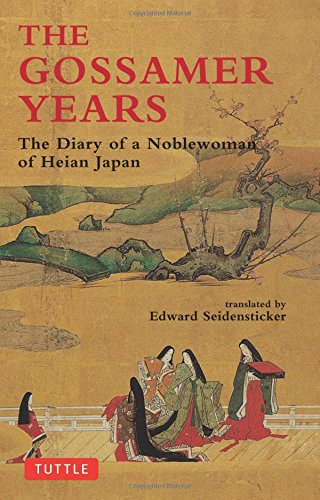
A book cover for The Gossamer Years: The Diary of a Noblewoman of Heian Japan (Tuttle Classics); Biographies & Memoirs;